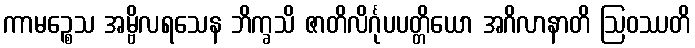
ကာမဉ္စေသ အမ္ဗိလရသေန ဘိက္ခသိ ဇာတိလိင်္ဂုပပတ္တိယော အဂိလာနာတိ ဩဝဿတိ